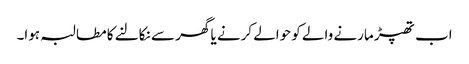
اب تھپڑ مارنے والے کو حوالے کرنے یا گھر سے نکالنے کا مطالبہ ہوا۔